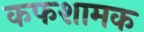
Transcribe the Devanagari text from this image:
कफशामक